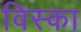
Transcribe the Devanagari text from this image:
विस्का